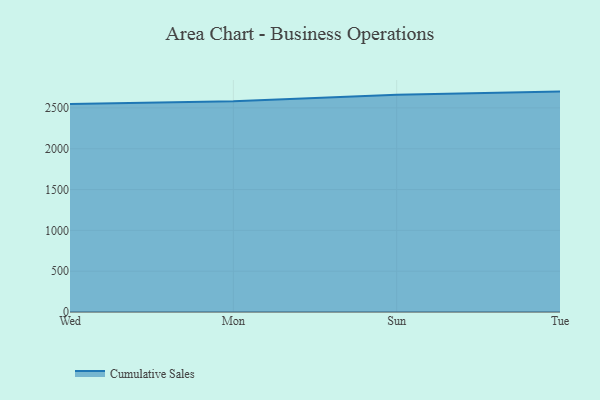
{"axis": {"x": "Day", "y": "Shipments"}, "legend": ["Cumulative Sales"], "data": [{"x": "Wed", "y": 2547.5, "type": "Cumulative Sales"}, {"x": "Mon", "y": 2581.2, "type": "Cumulative Sales"}, {"x": "Sun", "y": 2660.6, "type": "Cumulative Sales"}, {"x": "Tue", "y": 2700.1, "type": "Cumulative Sales"}]}